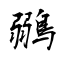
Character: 鶸